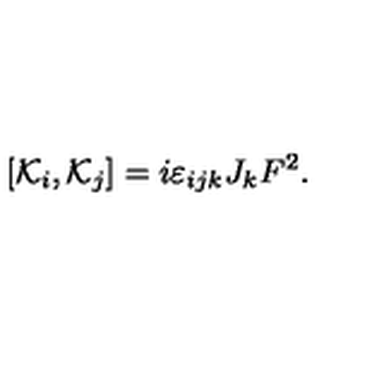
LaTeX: \left[ { \cal K } _ { i } , { \cal K } _ { j } \right] = i \varepsilon _ { i j k } J _ { k } F ^ { 2 } .